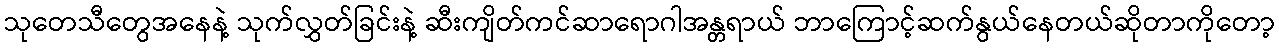
သုတေသီတွေအနေနဲ့ သုက်လွှတ်ခြင်းနဲ့ ဆီးကျိတ်ကင်ဆာရောဂါအန္တရာယ် ဘာကြောင့်ဆက်နွယ်နေတယ်ဆိုတာကိုတော့